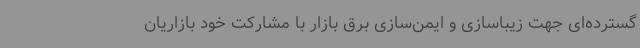
گسترده‌ای جهت زیباسازی و ایمن‌سازی برق بازار با مشارکت خود بازاریان